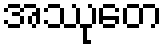
အဿုတေ